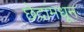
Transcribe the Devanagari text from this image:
छेदांमधून